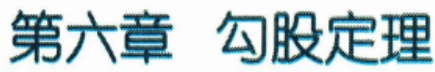
第六章 勾股定理